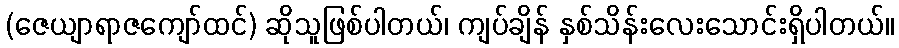
(ဇေယျာရာဇကျော်ထင်) ဆိုသူဖြစ်ပါတယ်၊ ကျပ်ချိန် နှစ်သိန်းလေးသောင်းရှိပါတယ်။